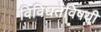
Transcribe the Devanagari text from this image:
विविधतेविषयी